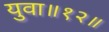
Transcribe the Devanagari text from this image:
युवा॥१२॥